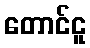
တောင်ငူ